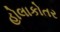
હોલાકોતર